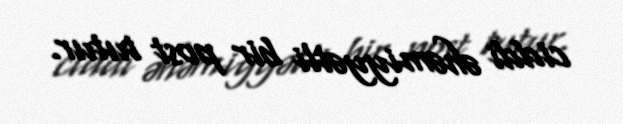
ciddi əhəmiyyətli bir post tutur.